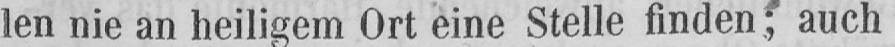
len nie an heiligem Ort eine Stelle finden; auch